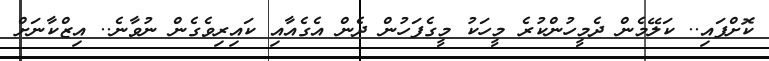
ކޮށްފައި.. ކަލޭމެން ދެމީހުންކުރެ މީހަކު މީގެފަހުން ދެން އެގެއާއި ކައިރިވެގެން ނުވާނެ.. އިޒްކާނަށް